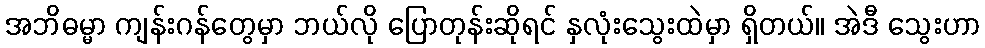
အဘိဓမ္မာ ကျန်းဂန်တွေမှာ ဘယ်လို ပြောတုန်းဆိုရင် နှလုံးသွေးထဲမှာ ရှိတယ်။ အဲဒီ သွေးဟာ